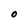
Character: O